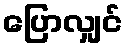
ပြောလျှင်